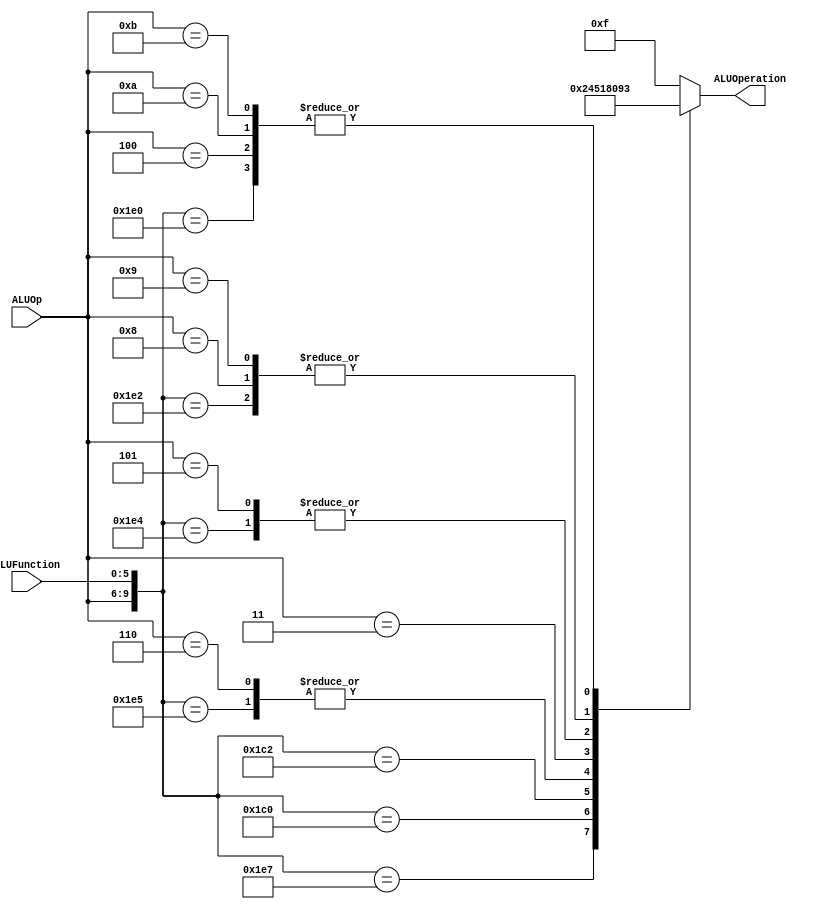
/******************************************************************
* Description
*	This is the control unit for the ALU. It receves an signal called 
*	ALUOp from the control unit and a signal called ALUFunction from
*	the intrctuion field named function.
******************************************************************/
module ALUControl
(
	input [3:0] ALUOp,
	input [5:0] ALUFunction,
	output [3:0] ALUOperation

);

localparam R_Type_AND  = 10'b0111_100100;
localparam R_Type_OR   = 10'b0111_100101;
localparam R_Type_NOR  = 10'b0111_100111;
localparam R_Type_ADD  = 10'b0111_100000;
localparam R_Type_SUB  = 10'b0111_100010;
localparam R_Type_SLL  = 10'b0111_000000;
localparam R_Type_SRL  = 10'b0111_000010;
localparam R_Type_JR   = 10'b0111_001000;
localparam I_Type_ADDI = 10'b0100_xxxxxx;
localparam I_Type_ANDI = 10'b0101_xxxxxx;
localparam I_Type_ORI  = 10'b0110_xxxxxx;
localparam I_Type_LUI  = 10'b0011_xxxxxx;
localparam I_Type_BEQ  = 10'b1000_xxxxxx;
localparam I_Type_BNE  = 10'b1001_xxxxxx;
localparam I_Type_LW   = 10'b1010_xxxxxx;
localparam I_Type_SW   = 10'b1011_xxxxxx;


reg [3:0] ALUControlValues;
wire [9:0] Selector;

assign Selector = {ALUOp, ALUFunction};

always@(Selector)begin
	casex(Selector)
		R_Type_AND : ALUControlValues = 4'b0000;
      R_Type_OR  : ALUControlValues = 4'b0001;
      R_Type_NOR : ALUControlValues = 4'b0010;
      R_Type_ADD : ALUControlValues = 4'b0011;	//add
      R_Type_SUB : ALUControlValues = 4'b1001;	//sub
      R_Type_SLL : ALUControlValues = 4'b0100;
      R_Type_SRL : ALUControlValues = 4'b0101;
      I_Type_ADDI: ALUControlValues = 4'b0011;	//add
      I_Type_ORI : ALUControlValues = 4'b0001;
      I_Type_LUI : ALUControlValues = 4'b1000;
      I_Type_ANDI: ALUControlValues = 4'b0000;
      I_Type_BEQ : ALUControlValues = 4'b1001;	//sub
      I_Type_BNE : ALUControlValues = 4'b1001;	//sub
      I_Type_LW  : ALUControlValues = 4'b0011;	//add
      I_Type_SW  : ALUControlValues = 4'b0011;	//add
		
		
		default: ALUControlValues = 4'b1111;
	endcase
end


assign ALUOperation = ALUControlValues;

endmodule
//alucontrol//